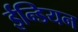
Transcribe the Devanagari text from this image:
ईन्डियन